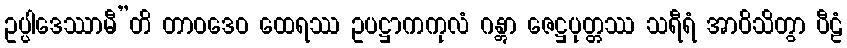
ဥပ္ပါဒေဿာမီ”တိ တာဝဒေဝ ထေရဿ ဥပဋ္ဌာကကုလံ ဂန္တွာ ဇေဋ္ဌပုတ္တဿ သရီရံ အာဝိသိတွာ ပီဠံ